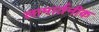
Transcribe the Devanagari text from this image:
लामार्तनीक